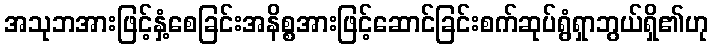
အသုဘအားဖြင့်နှံ့စေခြင်းအနိစ္စအားဖြင့်ဆောင်ခြင်းစက်ဆုပ်ရွံရှာဘွယ်ရှိ၏ဟု